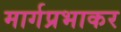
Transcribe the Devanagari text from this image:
मार्गप्रभाकर